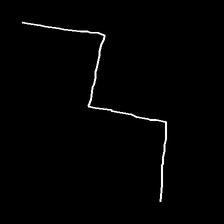
Glyph: crush